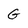
Character: G